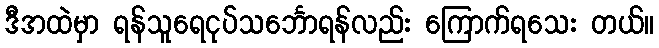
ဒီအထဲမှာ ရန်သူရေငုပ်သင်္ဘောရန်လည်း ကြောက်ရသေး တယ်။